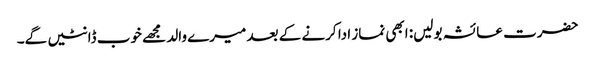
حضرت عائشہ بولیں: ابھی نماز ادا کرنے کے بعد میرے والد مجھے خوب ڈانٹیں گے۔